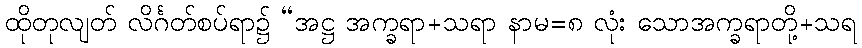
ထိုတုလျတ် လိင်္ဂတ်စပ်ရာ၌ “အဋ္ဌ အက္ခရာ+သရာ နာမ=၈ လုံး သောအက္ခရာတို့+သရ